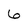
Character: 6